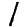
Digit: 1